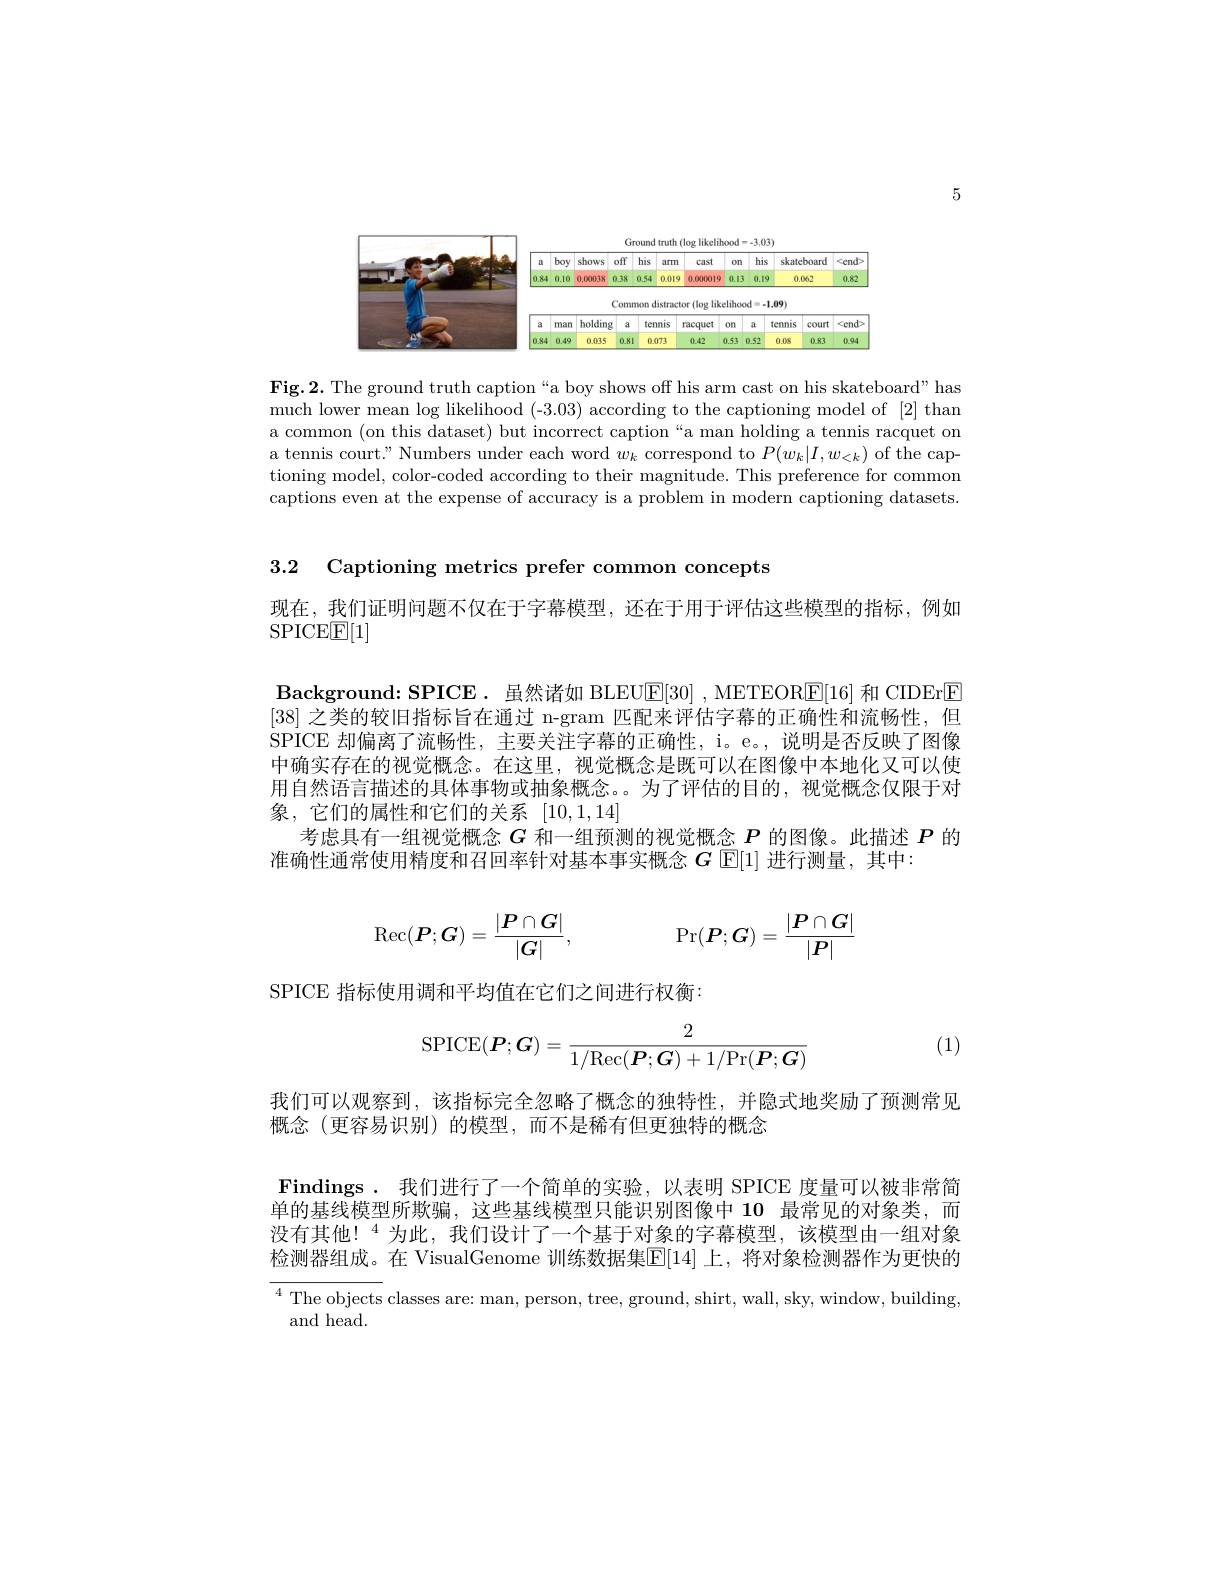
5

<FigureHere>

$\mathbf{Fig.2.~The~ground~truth~caption~“a~boy~shows~off~his~arm~cast~on~his~skateboard"~has}$ much lower mean $\log$ likelihood (-3.03) according to the captioning model of [2] than a common (on this dataset) but incorrect caption“a man holding a tennis racquet on a tennis court." Numbers under each word $w_k$ correspond to $P(w_k|I,w_{<k})$ of the captioning model, color-coded according to their magnitude. This preference for common captions even at the expense of accuracy is a problem in modern captioning datasets.

3.2 Captioning metrics prefer common concepts

现在，我们证明问题不仅在于字幕模型，还在于用于评估这些模型的指标，例如

SPICEE[1]

Background: SPICE. 虽然诸如 BLEU$\boxed{\mathrm{E}}[30]$ ,METEORE[16] 和 CIDEr$\boxed{\mathrm{E}}$ [38]之类的较旧指标旨在通过 n-gram 匹配来评估字幕的正确性和流畅性，但SPICE 却偏离了流畅性，主要关注字幕的正确性，i。e。,说明是否反映了图像中确实存在的视觉概念。在这里，视觉概念是既可以在图像中本地化又可以使用自然语言描述的具体事物或抽象概念。为了评估的目的，视觉概念仅限于对象，它们的属性和它们的关系 [10,1,14]
考虑具有一组视觉概念$G$和一组预测的视觉概念$P$的图像。此描述$P$的
准确性通常使用精度和召回率针对基本事实概念$G$ E[1] 进行测量，其中：
$$\operatorname{Rec}(\boldsymbol{P};\boldsymbol{G})=\frac{|\boldsymbol{P}\cap\boldsymbol{G}|}{|\boldsymbol{G}|},\quad\Pr(\boldsymbol{P};\boldsymbol{G})=\frac{|\boldsymbol{P}\cap\boldsymbol{G}|}{|\boldsymbol{P}|}$$
SPICE 指标使用调和平均值在它们之间进行权衡：

(1)
$$\mathrm{SPICE}(\boldsymbol{P};\boldsymbol{G})=\frac{2}{1/\mathrm{Rec}(\boldsymbol{P};\boldsymbol{G})+1/\mathrm{Pr}(\boldsymbol{P};\boldsymbol{G})}$$
我们可以观察到，该指标完全忽略了概念的独特性，并隐式地奖励了预测常见
概念(更容易识别)的模型，而不是稀有但更独特的概念

Findings. 我们进行了一个简单的实验，以表明 SPICE 度量可以被非常简单的基线模型所欺骗，这些基线模型只能识别图像中 10 最常见的对象类，而没有其他！$^{4}$为此，我们设计了一个基于对象的字幕模型，该模型由一组对象检测器组成。在 VisualGenome 训练数据集$\mathbb{E}[14]$ 上，将对象检测器作为更快的$^{4}$ The objects classes are: man, person, tree, ground, shirt, wall, sky, window, building, and head.